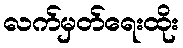
လက်မှတ်ရေးထိုး